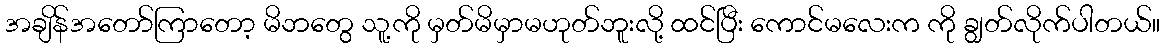
အချိန်အတော်ကြာတော့ မိဘတွေ သူ့ကို မှတ်မိမှာမဟုတ်ဘူးလို့ ထင်ပြီး ကောင်မလေးက ကို ချွတ်လိုက်ပါတယ်။